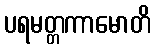
ပရမတ္တကာမောတိ